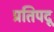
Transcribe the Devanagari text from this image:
प्रतिपदू